Scientific memoirs by medical officers of the Army of India - Part XII,
Year: 1901
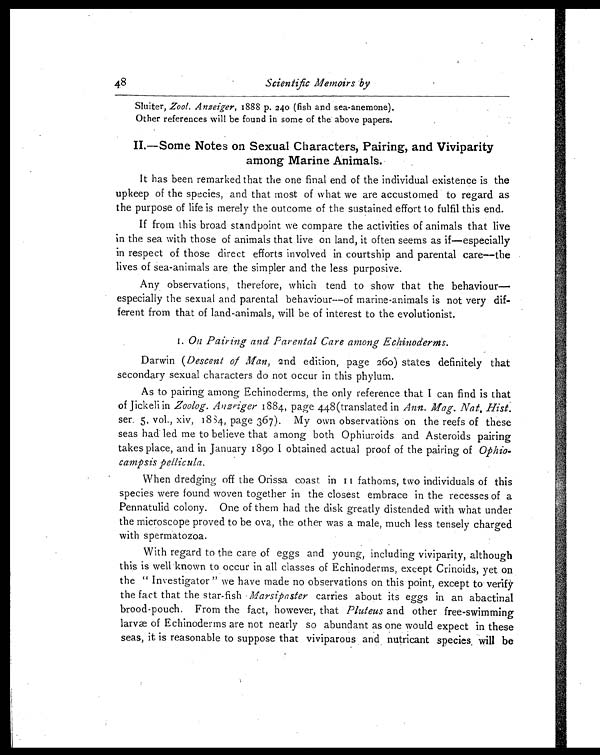
48
Scientific Memoirs by
Sluiter, Zool. Anzeiger, 1888 p. 240 (fish and sea-anemone).
Other references will be found in some of the above papers.
II.—Some Notes on Sexual Characters, Pairing, and Viviparity
among Marine Animals.
It has been remarked that the one final end of the individual existence is the
upkeep of the species, and that most of what we are accustomed to regard as
the purpose of life is merely the outcome of the sustained effort to fulfil this end.
If from this broad standpoint we compare the activities of animals that live
in the sea with those of animals that live on land, it often seems as if—especially
in respect of those direct efforts involved in courtship and parental care—the
lives of sea-animals are the simpler and the less purposive.
Any observations, therefore, which tend to show that the behaviour
—especially the sexual and parental behaviour—of marine-animals is not very dif-
ferent from that of land-animals, will be of interest to the evolutionist.
1. On Pairing and Parental Care among Echinoderms.
Darwin ( Descent of Man, 2nd edition, page 260) states definitely that
secondary sexual characters do not occur in this phylum.
As to pairing among Echinoderms, the only reference that I can find is that
of Jickeli in Zoolog. Anzeiger 1884, page 448 (translated in Ann. Mag. Nat. Hist.
ser. 5, vol., xiv, 1834, page 367). My own observations on the reefs of these
seas had led me to believe that among both Ophiuroids and Asteroids pairing
takes place, and in January 1890 I obtained actual proof of the pairing of Ophio-
campsis pellicula.
When dredging off the Orissa coast in 11 fathoms, two individuals of this
species were found woven together in the closest embrace in the recesses of a
Pennatulid colony. One of them had the disk greatly distended with what under
the microscope proved to be ova, the other was a male, much less tensely charged
with spermatozoa.
With regard to the care of eggs and young, including viviparity, although
this is well known to occur in all classes of Echinoderms, except Crinoids, yet on
the " Investigator " we have made no observations on this point, except to verify
the fact that the star-fish Marsipaster carries about its eggs in an abactinal
brood-pouch. From the fact, however, that Pluteus and other free-swimming
larvæ of Echinoderms are not nearly so abundant as one would expect in these
seas, it is reasonable to suppose that viviparous and nutricant species, w i l l b e